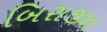
બિરાજીત